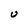
Character: U